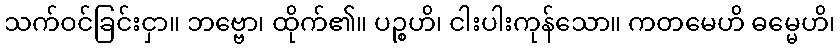
သက်ဝင်ခြင်းငှာ။ ဘဗ္ဗော၊ ထိုက်၏။ ပဉ္စဟိ၊ ငါးပါးကုန်သော။ ကတမေဟိ ဓမ္မေဟိ၊